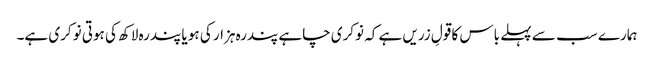
ہمارے سب سے پہلے باس کا قولِ زریں ہے کہ نوکری چاہے پندرہ ہزار کی ہو یا پندرہ لاکھ کی ہوتی نوکری ہے۔